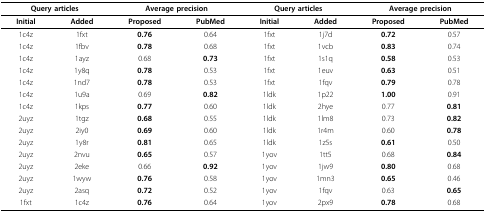
| <COLSPAN=2> Query articles | <COLSPAN=2> Average precision | <COLSPAN=2> Query articles | <COLSPAN=2> Average precision |
 | --- | --- | --- | --- | --- | --- | --- | --- |
 | Initial | Added | Proposed | PubMed | Initial | Added | Proposed | PubMed |
 | 1c4z | 1fxt | 0.76 | 0.64 | 1fxt | 1j7d | 0.72 | 0.57 |
 | 1c4z | 1fbv | 0.78 | 0.68 | 1fxt | 1vcb | 0.83 | 0.74 |
 | 1c4z | 1ayz | 0.68 | 0.73 | 1fxt | 1s1q | 0.58 | 0.53 |
 | 1c4z | 1y8q | 0.78 | 0.53 | 1fxt | 1euv | 0.63 | 0.51 |
 | 1c4z | 1nd7 | 0.78 | 0.53 | 1fxt | 1fqv | 0.79 | 0.78 |
 | 1c4z | 1u9a | 0.69 | 0.82 | 1ldk | 1p22 | 1.00 | 0.91 |
 | 1c4z | 1kps | 0.77 | 0.60 | 1ldk | 2hye | 0.77 | 0.81 |
 | 2uyz | 1tgz | 0.68 | 0.55 | 1ldk | 1lm8 | 0.73 | 0.82 |
 | 2uyz | 2iy0 | 0.69 | 0.60 | 1ldk | 1r4m | 0.60 | 0.78 |
 | 2uyz | 1y8r | 0.81 | 0.65 | 1ldk | 1z5s | 0.61 | 0.50 |
 | 2uyz | 2nvu | 0.65 | 0.57 | 1yov | 1tt5 | 0.68 | 0.84 |
 | 2uyz | 2eke | 0.66 | 0.92 | 1yov | 1jw9 | 0.80 | 0.68 |
 | 2uyz | 1wyw | 0.76 | 0.58 | 1yov | 1mn3 | 0.65 | 0.46 |
 | 2uyz | 2asq | 0.72 | 0.52 | 1yov | 1fqv | 0.63 | 0.65 |
 | 1fxt | 1c4z | 0.76 | 0.64 | 1yov | 2px9 | 0.78 | 0.68 |